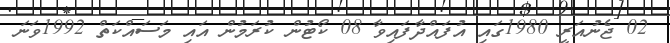
02 ޖެނުއަރީ 1980ގައި އުފައްދާފައިވާ 08 ކޯޓުން ކުރަމުން އައި މަސައްކަތް 1992ވަނަ